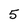
Character: 5